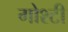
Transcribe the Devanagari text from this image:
गोश्टी